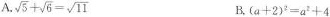
A .$$\sqrt{5}+ \sqrt{6}= \sqrt{11}$$ B.$$(a+2)^{2}=a^{2}+4$$